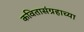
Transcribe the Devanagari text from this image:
कवितासंग्रहाच्या